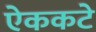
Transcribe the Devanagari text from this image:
ऐककटे